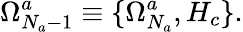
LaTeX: \Omega_{N_{a}-1}^{a}\equiv\{ \Omega_{N_{a}}^{a},H_{c}\} .